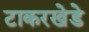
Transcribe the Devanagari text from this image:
टाकरखेडे